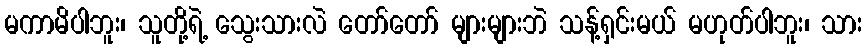
မကာမိပါဘူး၊ သူတို့ရဲ့ သွေးသားလဲ တော်တော် များများဘဲ သန့်ရှင်းမယ် မဟုတ်ပါဘူး၊ သား